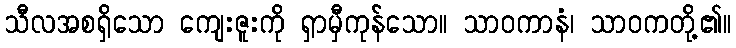
သီလအစရှိသော ကျေးဇူးကို ရှာမှီကုန်သော။ သာဝကာနံ၊ သာဝကတို့၏။